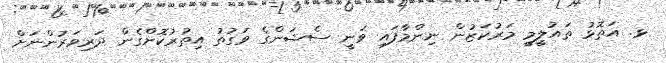
ޅ. އަތޮޅު ތައުލީމީ މަރުކަޒުން ނިންމާފައި ވަނީ ސެޝަންގެ ވަގުތު އިތުރުކޮށްގެން ދަރިވަރުންނަށް